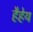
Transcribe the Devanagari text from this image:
हैहेय